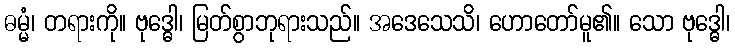
ဓမ္မံ၊ တရားကို။ ဗုဒ္ဓေါ၊ မြတ်စွာဘုရားသည်။ အဒေသေသိ၊ ဟောတော်မူ၏။ သော ဗုဒ္ဓေါ၊